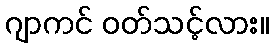
ဂျာကင် ဝတ်သင့်လား။